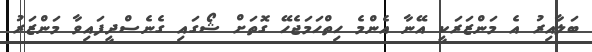
ބަލާއިރު އެ މަންޒަރަކީ އޭނާ އެންމެ ހިތްހަމަޖެހޭ ގޮތަށް ޝޯގައި ގެނެސްދީފައިވާ މަންޒަރު